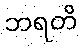
ဘရတိ